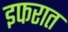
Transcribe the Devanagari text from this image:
इफरात